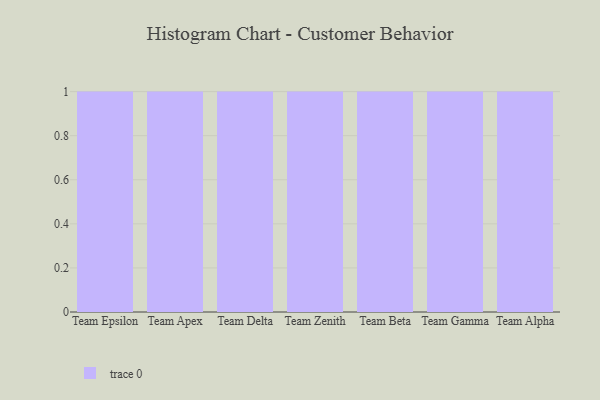
{"axis": {"x": "Team", "y": "Inventory Turnover"}, "legend": [""], "data": [{"x": "Team Epsilon", "y": 44, "type": ""}, {"x": "Team Apex", "y": 67, "type": ""}, {"x": "Team Delta", "y": 43, "type": ""}, {"x": "Team Zenith", "y": 68, "type": ""}, {"x": "Team Beta", "y": 24, "type": ""}, {"x": "Team Gamma", "y": 91, "type": ""}, {"x": "Team Alpha", "y": 63, "type": ""}]}